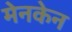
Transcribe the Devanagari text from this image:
मेनकेन